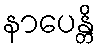
နာပေန္တိ